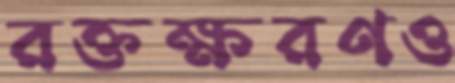
রক্তক্ষরণও